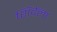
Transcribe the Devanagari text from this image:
शिंदेला